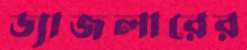
ড্যাজলারের